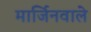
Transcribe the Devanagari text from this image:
मार्जिनवाले